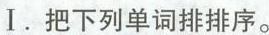
I.把下列单词排排序。